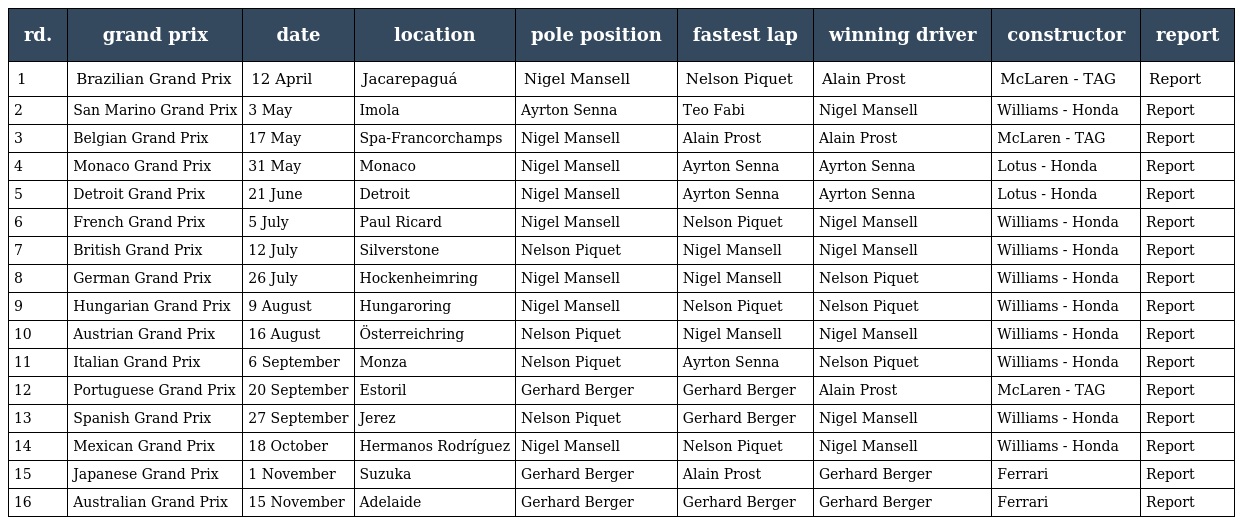
| rd. | grand prix | date | location | pole position | fastest lap | winning driver | constructor | report |
 | --- | --- | --- | --- | --- | --- | --- | --- | --- |
 | 1 | Brazilian Grand Prix | 12 April | Jacarepaguá | Nigel Mansell | Nelson Piquet | Alain Prost | McLaren - TAG | Report |
 | 2 | San Marino Grand Prix | 3 May | Imola | Ayrton Senna | Teo Fabi | Nigel Mansell | Williams - Honda | Report |
 | 3 | Belgian Grand Prix | 17 May | Spa-Francorchamps | Nigel Mansell | Alain Prost | Alain Prost | McLaren - TAG | Report |
 | 4 | Monaco Grand Prix | 31 May | Monaco | Nigel Mansell | Ayrton Senna | Ayrton Senna | Lotus - Honda | Report |
 | 5 | Detroit Grand Prix | 21 June | Detroit | Nigel Mansell | Ayrton Senna | Ayrton Senna | Lotus - Honda | Report |
 | 6 | French Grand Prix | 5 July | Paul Ricard | Nigel Mansell | Nelson Piquet | Nigel Mansell | Williams - Honda | Report |
 | 7 | British Grand Prix | 12 July | Silverstone | Nelson Piquet | Nigel Mansell | Nigel Mansell | Williams - Honda | Report |
 | 8 | German Grand Prix | 26 July | Hockenheimring | Nigel Mansell | Nigel Mansell | Nelson Piquet | Williams - Honda | Report |
 | 9 | Hungarian Grand Prix | 9 August | Hungaroring | Nigel Mansell | Nelson Piquet | Nelson Piquet | Williams - Honda | Report |
 | 10 | Austrian Grand Prix | 16 August | Österreichring | Nelson Piquet | Nigel Mansell | Nigel Mansell | Williams - Honda | Report |
 | 11 | Italian Grand Prix | 6 September | Monza | Nelson Piquet | Ayrton Senna | Nelson Piquet | Williams - Honda | Report |
 | 12 | Portuguese Grand Prix | 20 September | Estoril | Gerhard Berger | Gerhard Berger | Alain Prost | McLaren - TAG | Report |
 | 13 | Spanish Grand Prix | 27 September | Jerez | Nelson Piquet | Gerhard Berger | Nigel Mansell | Williams - Honda | Report |
 | 14 | Mexican Grand Prix | 18 October | Hermanos Rodríguez | Nigel Mansell | Nelson Piquet | Nigel Mansell | Williams - Honda | Report |
 | 15 | Japanese Grand Prix | 1 November | Suzuka | Gerhard Berger | Alain Prost | Gerhard Berger | Ferrari | Report |
 | 16 | Australian Grand Prix | 15 November | Adelaide | Gerhard Berger | Gerhard Berger | Gerhard Berger | Ferrari | Report |